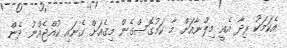
އެކަމަކު ރިދާ އެއީ މިލްނާއަށް މާ ކަމުގޮސްގެން މިގެއަށް ގެނައި ކުއްޖެއްނު ދެން